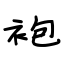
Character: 袍